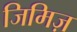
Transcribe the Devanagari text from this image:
जिमिज़